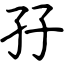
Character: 孖